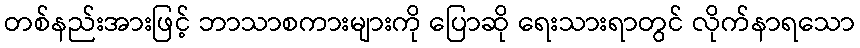
တစ်နည်းအားဖြင့် ဘာသာစကားများကို ပြောဆို ရေးသားရာတွင် လိုက်နာရသော